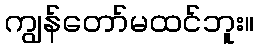
ကျွန်တော်မထင်ဘူး။